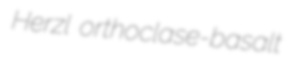
Herzl orthoclase-basalt